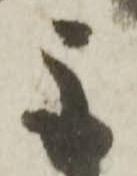
主